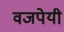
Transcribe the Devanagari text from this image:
वजपेयी